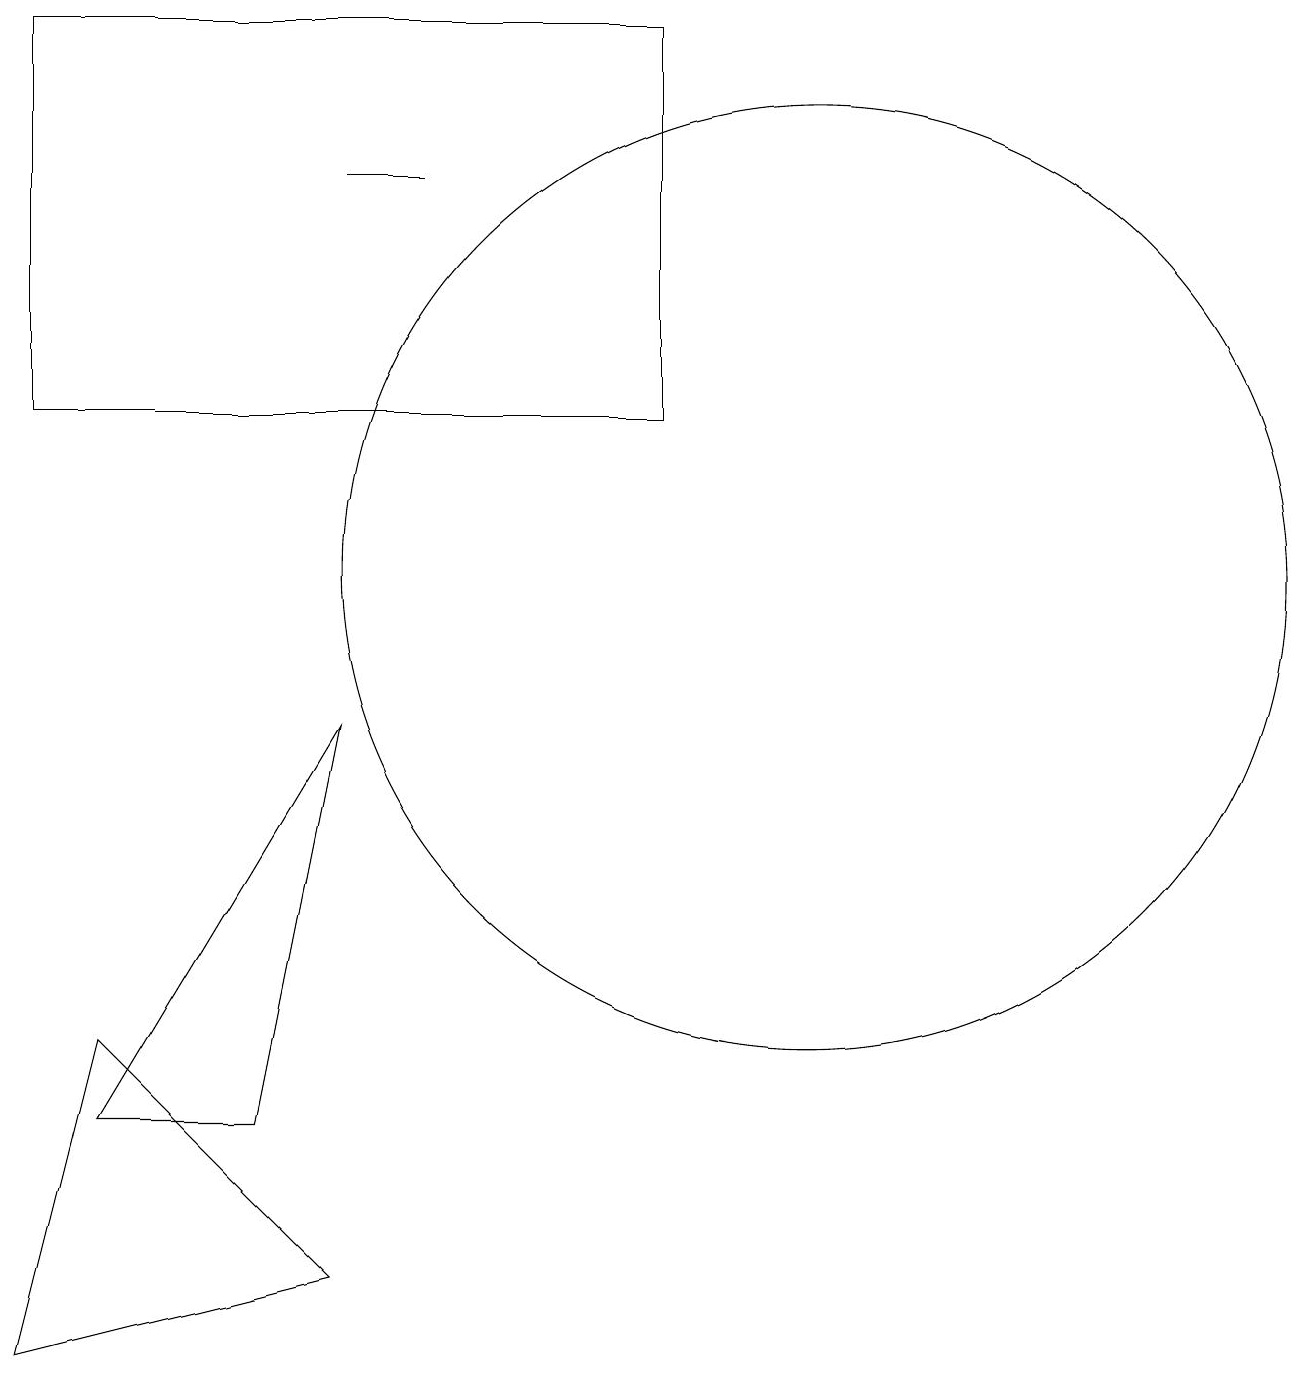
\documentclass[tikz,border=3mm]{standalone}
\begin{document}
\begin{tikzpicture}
\draw (10,10) circle (0);
\draw (5,16) rectangle (4,16);
\draw (0,1) -- (1,5) -- (4,2) -- cycle;
\draw (8,18) rectangle (0,13);
\draw (10,11) circle (6);
\draw (4,9) -- (3,4) -- (1,4) -- cycle;
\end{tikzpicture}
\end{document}